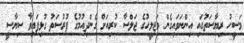
މަސީހު ރިޔާސަތުގައި އިންނަވައިގެން މަޖިލީހުގެ ޖަލްސާ ކުރިއަށް ގެންދިއުމުގެ ފުރުސަތު ގުޅިފައިވާ ސިޔާސީ